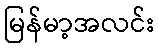
မြန်မာ့အလင်း